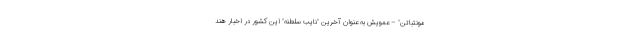
مونتباتن" – عمویش به عنوان آخرین "نایب سلطنه" این کشور در اخبار هند